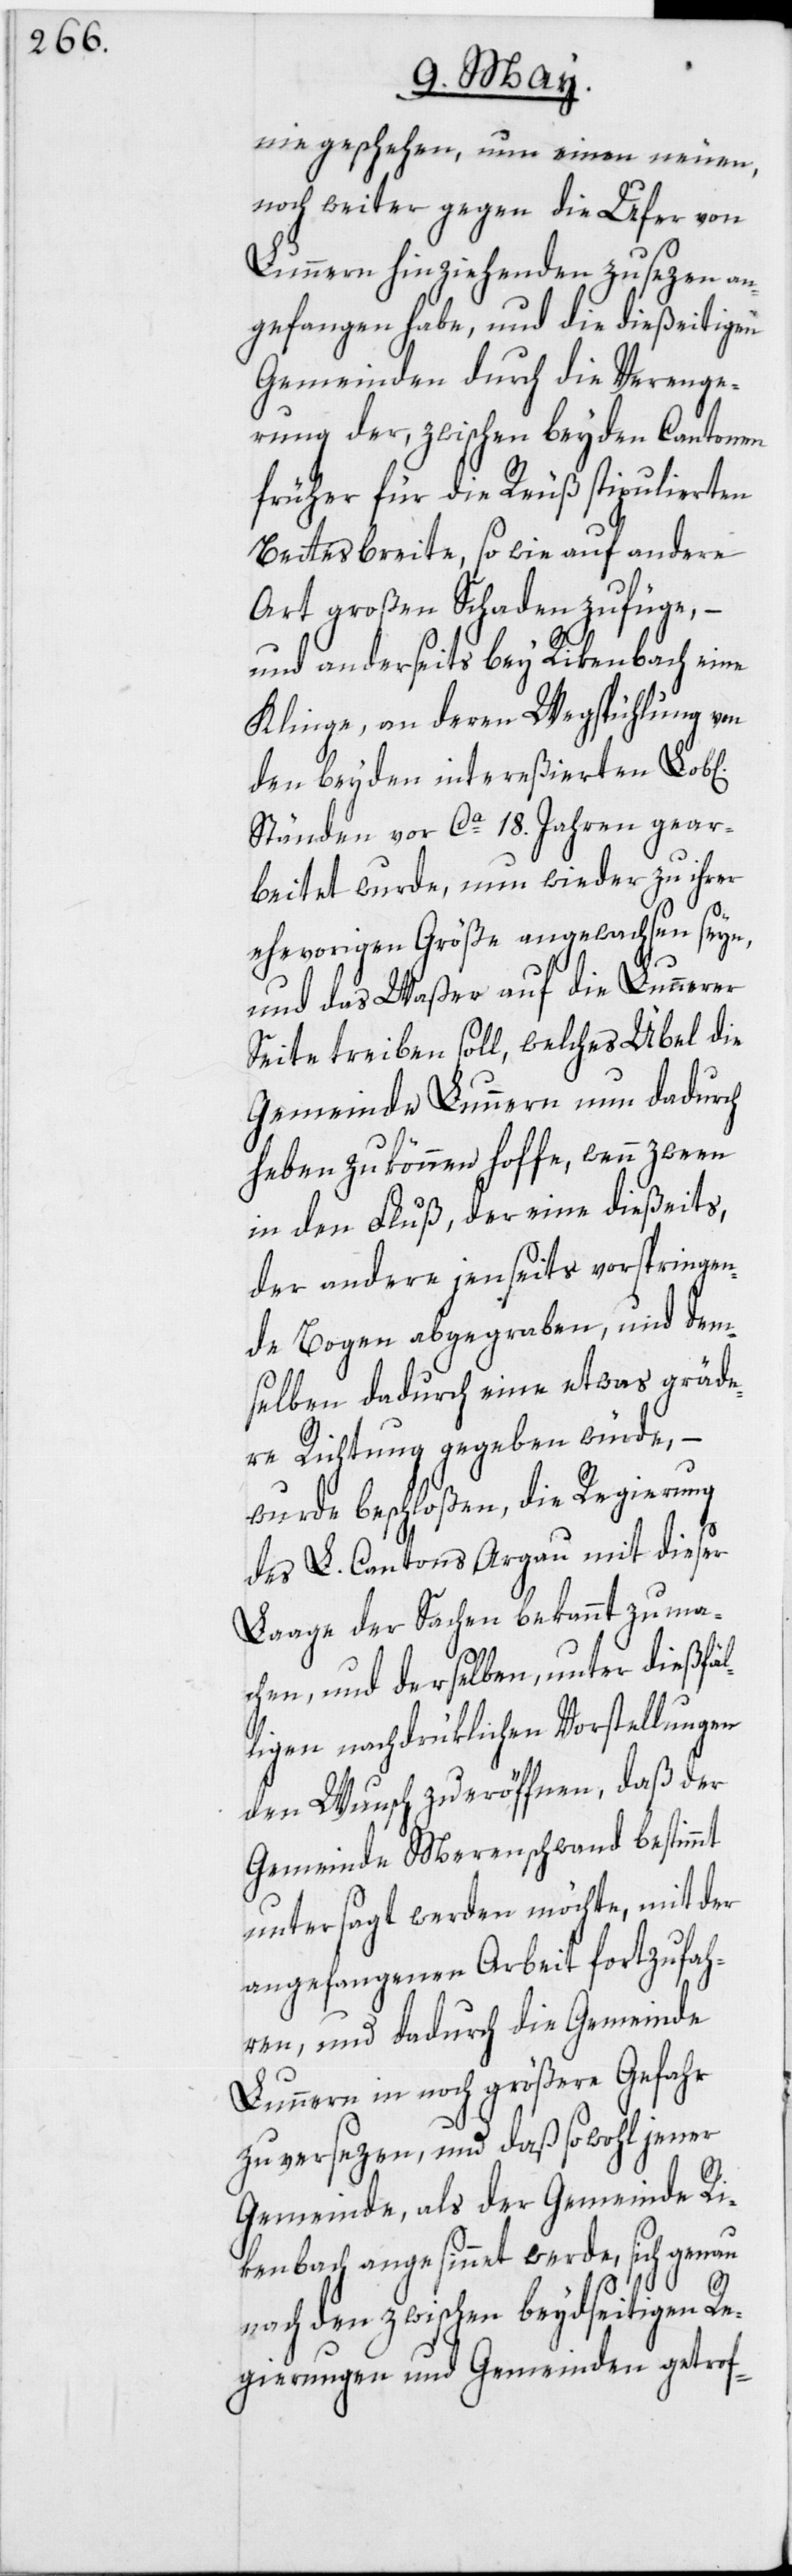
nie geschehen, nun einen neuen,
noch weiter gegen die Ufer von
Lunnern hinziehenden zu sezen an¬
gefangen habe, und die dießeitigen
Gemeinden durch die Verenge¬
rung der, zwischen beyden Cantonen
früher für die Reuß stipulierten
Bettesbreite, so wie auf andere
Art großen Schaden zufüge, –
und anderseits bey Rikenbach eine
Klinge, an deren Wegspühlung von
den beyden intereßierten
Ständen vor Ca 18. Jahren gear¬
beitet wurde, nun wieder zu ihrer
ehevorigen Größe angewachsen seye,
und das Waßer auf die Lunnerer
Seite treiben soll, welches Übel die
Gemeinde Lunnern nun dadurch
haben zu können hoffe, wenn zween
in den Fluß, der eine dießeits,
der andere jenseits vorspringen¬
de Bogen abgegraben, und dem¬
selben dadurch eine etwas gräde¬
re Richtung gegeben würde, –
wurde beschloßen, die Regierung
des L. Cantons Argau mit dieser
Laage der Sachen bekannt zu ma¬
chen, und derselben, unter dießfäl¬
ligen nachdrüklichen Vorstellungen
den Wunsch zu eröffnen, daß der
Gemeinde Merenschwand bestimmt
untersagt werden möchte, mit der
angefangenen Arbeit fortzufah¬
ren, und dadurch die Gemeinde
Lunnern in noch größere Gefahr
zu versezen, und daß sowohl jener
Gemeinde, als der Gemeinde Ri¬
kenbach angesinnet werde, sich genau
nach den zwischen beydseitigen Re¬
gierungen und Gemeinden getrof-